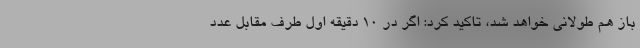
باز هم طولانی خواهد شد، تاکید کرد: اگر در 10 دقیقه اول طرف مقابل عدد